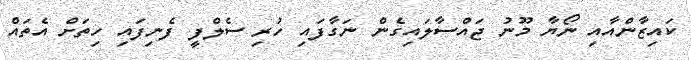
ކައިޒާންއާއި ނޯޔާ މޫނު ޖައްސާލައިގެން ނަގާފައި ހުރި ސެލްފީ ފެނިފައި ހިތަށް އެތައް